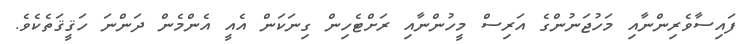
ފައިސާވެރިންނާއި މަހުޖަނުންގެ އަރިސް މީހުންނާއި ރަށްޓެހިން ގިނަކަން އެއީ އެންމެން ދަންނަ ހަޤީޤަތެކެވެ.